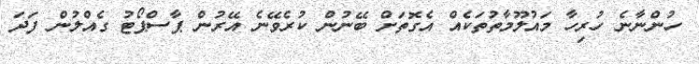
ހުންނާނެ ހުރިހާ މައުލޫމާތުތަކެއް އެގޮތަށް ބޭނުން ކުރެވޭނެ އޭރުން ޕާސްޕޯޓު ގެއްލުން ފަދަ